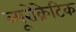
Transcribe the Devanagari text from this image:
ब्यूरोक्रेटिक